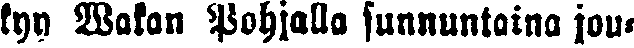
kyy Wakan Pohjalla sunnuntaina jou-